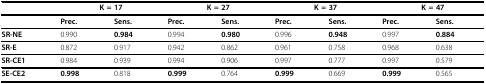
<table><thead><tr><td></td><td colspan="2"><b>K = 17</b></td><td colspan="2"><b>K = 27</b></td><td colspan="2"><b>K = 37</b></td><td colspan="2"><b>K = 47</b></td></tr></thead><tbody><tr><td></td><td><b>Prec</b>.</td><td><b>Sens</b>.</td><td><b>Prec</b>.</td><td><b>Sens</b>.</td><td><b>Prec</b>.</td><td><b>Sens</b>.</td><td><b>Prec</b>.</td><td><b>Sens</b>.</td></tr><tr><td><b>SR-NE</b></td><td>0.990</td><td><b>0.984</b></td><td>0.994</td><td><b>0.980</b></td><td>0.996</td><td><b>0.948</b></td><td>0.997</td><td><b>0.884</b></td></tr><tr><td><b>SR-E</b></td><td>0.872</td><td>0.917</td><td>0.942</td><td>0.862</td><td>0.961</td><td>0.758</td><td>0.968</td><td>0.638</td></tr><tr><td><b>SR-CE1</b></td><td>0.984</td><td>0.939</td><td>0.994</td><td>0.906</td><td>0.997</td><td>0.777</td><td>0.997</td><td>0.579</td></tr><tr><td><b>SE-CE2</b></td><td><b>0.998</b></td><td>0.818</td><td><b>0.999</b></td><td>0.764</td><td><b>0.999</b></td><td>0.669</td><td><b>0.999</b></td><td>0.565</td></tr></tbody></table>